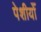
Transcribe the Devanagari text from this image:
पेशीयोँ